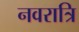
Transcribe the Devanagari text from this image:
नवरात्रि